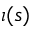
\iota ( s )